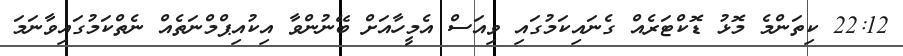
22:12 ކިތަންމެ މޮޅު ޑޮކްޓަރެއް ގެނައިކަމުގައި ވިއަސް އެމީހާއަށް ބޭނުންވާ އިކުއިޕްމްނަތެއް ނެތްކަމުގައިވާނަމަ